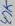
Text: 47K